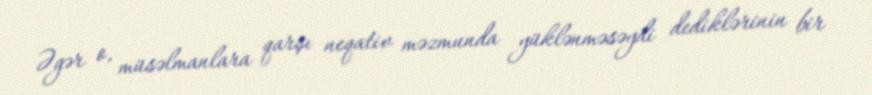
Əgər o, müsəlmanlara qarşı neqativ məzmunda yüklənməsəydi dediklərinin bir